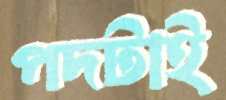
পদটাই